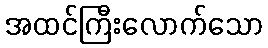
အထင်ကြီးလောက်သော